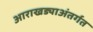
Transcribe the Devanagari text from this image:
आराखड्याअंतर्गत